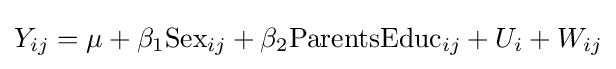
Y_{ij}=\mu +\beta _{1}\mathrm {Sex} _{ij}+\beta _{2}\mathrm {ParentsEduc} _{ij}+U_{i}+W_{ij}